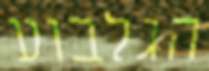
הגלבוע